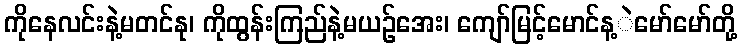
ကိုနေလင်းနဲ့မတင်နု၊ ကိုထွန်းကြည်နဲ့မယဉ်အေး၊ ကျော်မြင့်မောင်န့ဲမော်မော်တို့